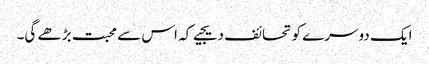
ایک دوسرے کو تحائف دیجیے کہ اس سے محبت بڑھے گی۔